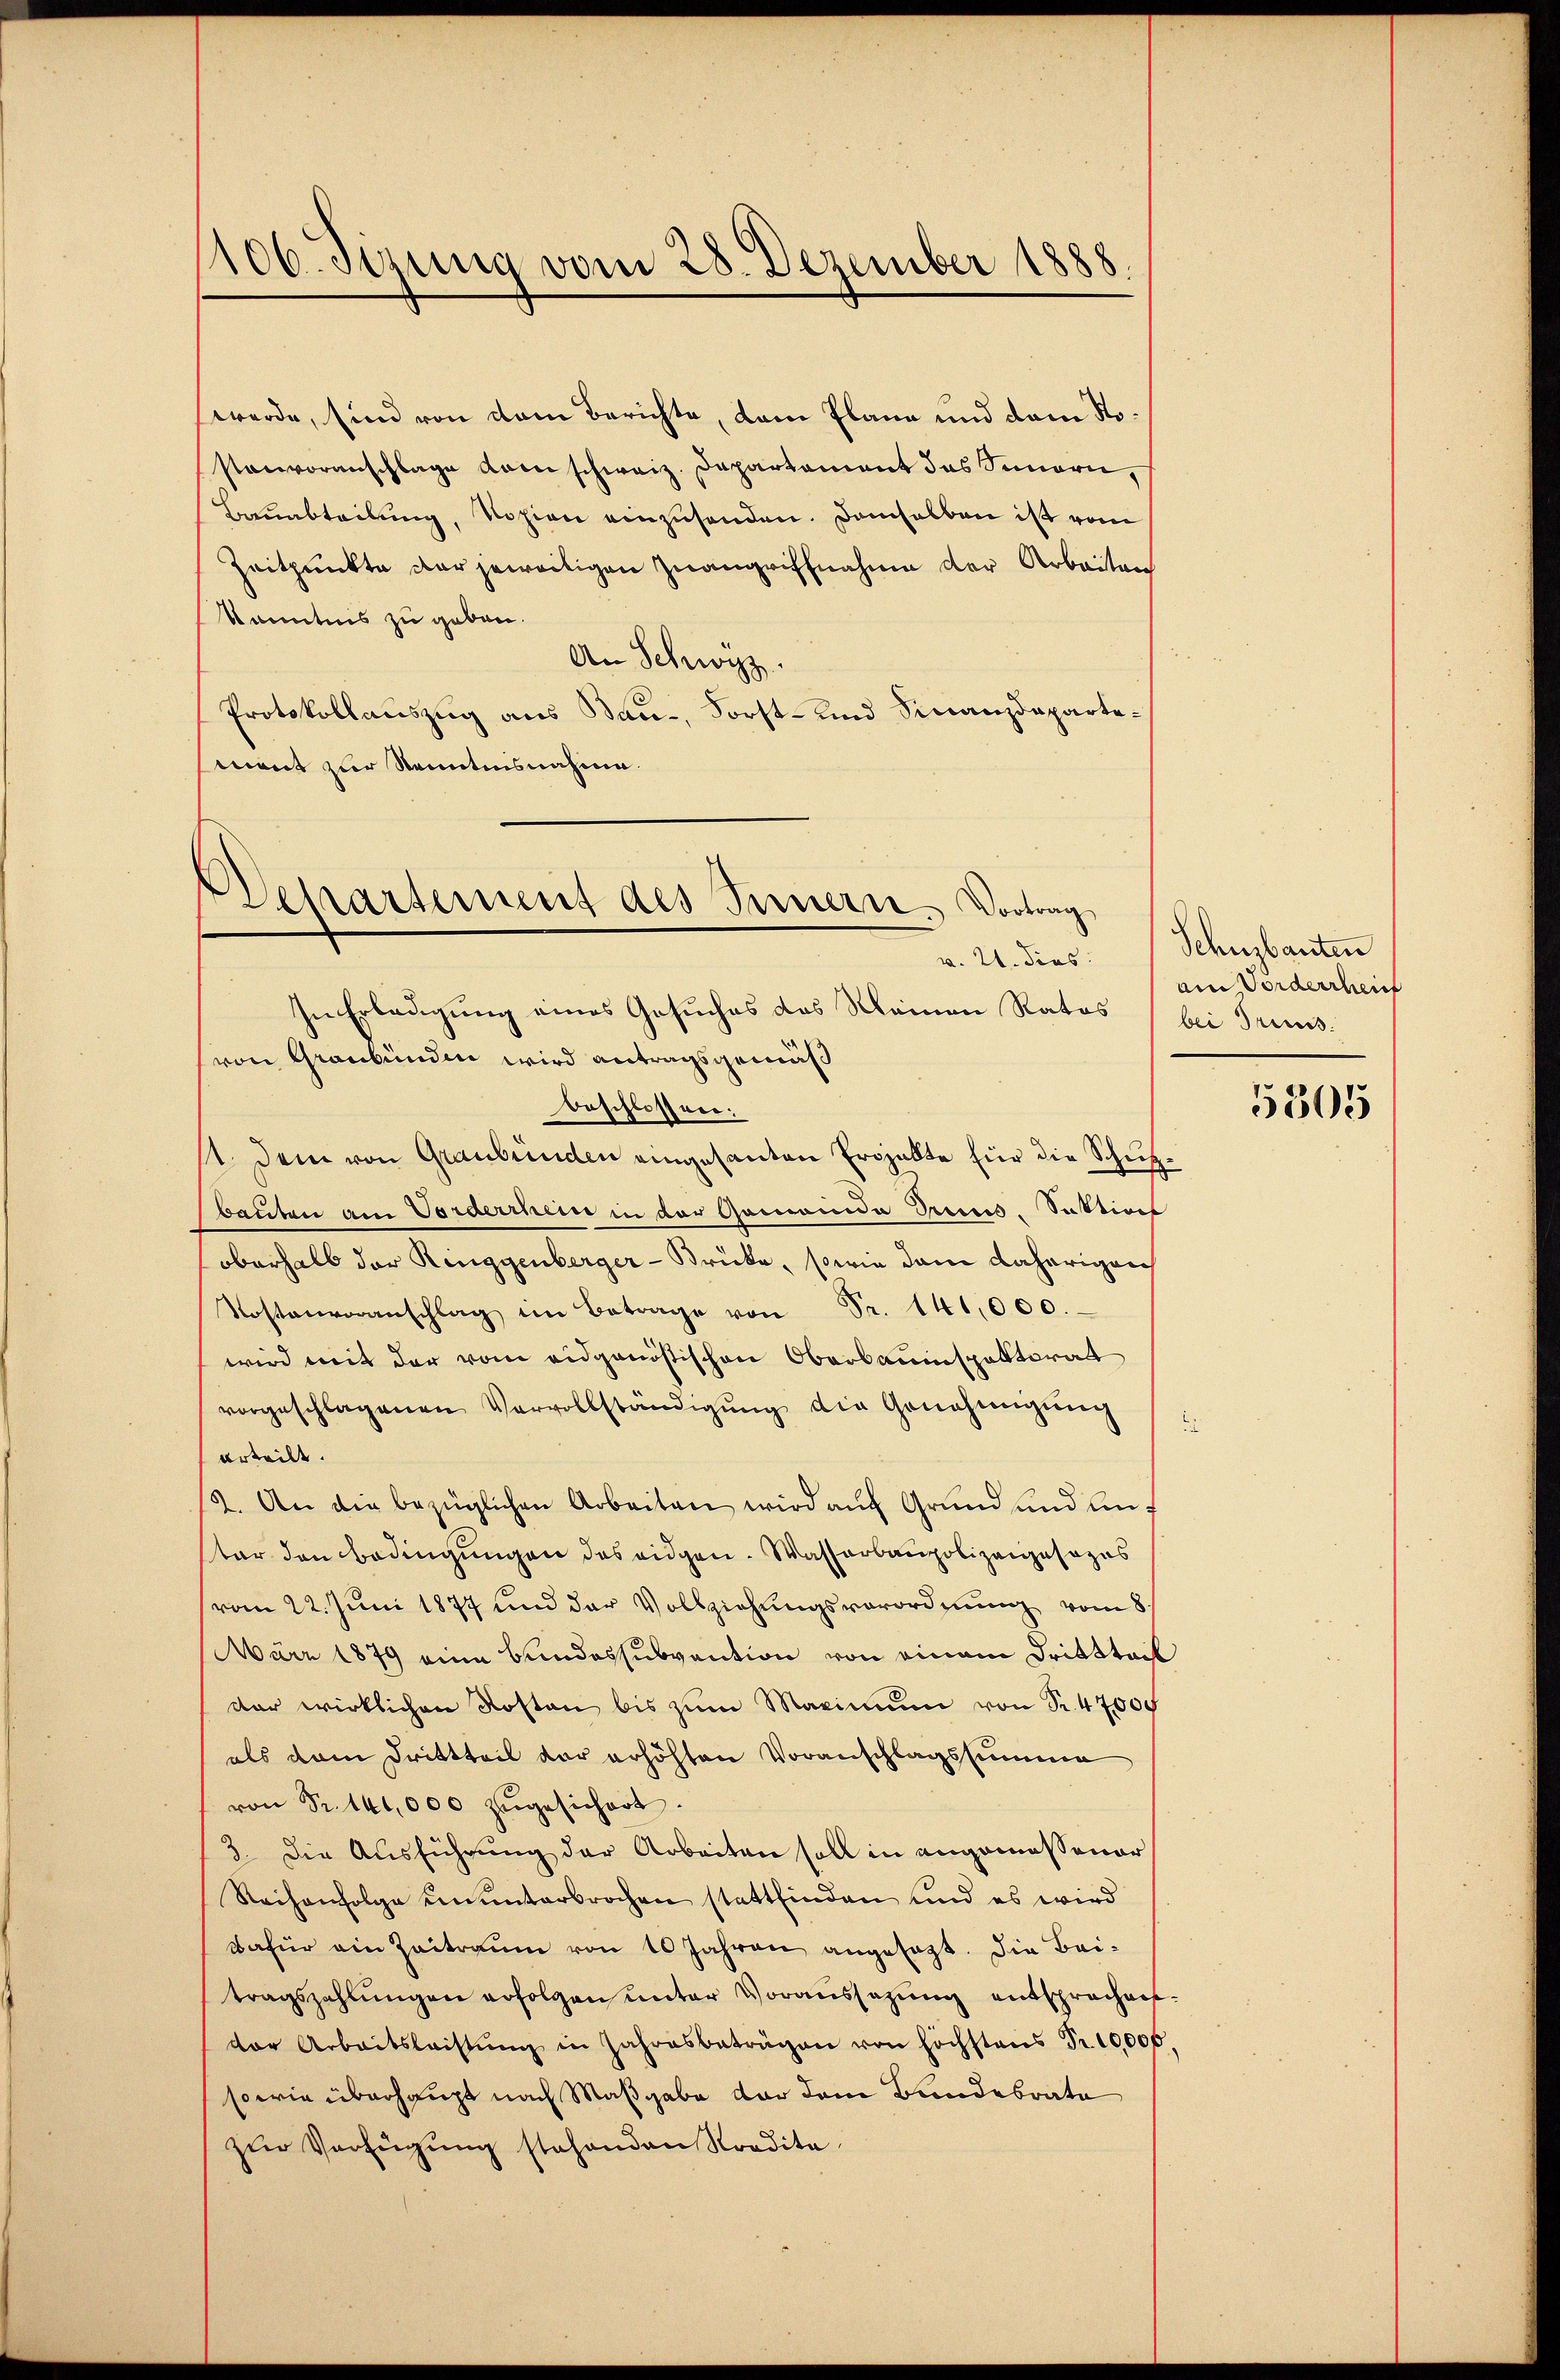
106. Sizung vom 28. Dezember 1888.

werde, sind von dem Berichte, dem Plane und dem Stosanvoranschlage vom schweiz. Departament das Sinnern,
Bauabteilung, Vosion einzusenden. Demselben ist vom
Zeitpunkte der jeweitigen Zwangriffnahme der Arbeiten
Kanntnis zu geben.
An Schwyz.
Protokollauszug aus Bau-, Forst- und Finanzdepartemant zur Senntnisnahme.

De
Cartement des Innern, Vortrag
v. 21. dies
In Erledigung eines Gesuches das Meinen Rates, bei Trans¬

von Graubünden wird antragsgemäß
beschlossen:
st. Dem von Graubünden eingesanten Erojekte für die Schupbauten am Vorderinein in der Gemeinde Preiss. Saktivit
oberhalb der Ringgenberger-Brücke, sowie dann daherigen
Kostenvoranschlag im Betrage von Fr. 141,000.
wird mit der vom eidganistischen Oberbauinspektorat
vorgeschlagenen Vervollständigŭng die Genehmigŭng
urteilt.
12. An die bezüglichen Arbeiten wird aŭf Grŭnd und An-
ter den Bedingungen des eidgen. Wasserbaupolizeigesezes
(vom 22. Juni 1877 und der Vollziehungsverordnung vom 8/
März 1879 eine Bundessubvention von einem Drittteil
dar wirklichen Kosten bis zum Maximum von Sr. 47000
als dem Drittteil der erhöhten Voranschlagssumme
von Sr. 141,000 zŭgesichert.
3. Die Ausführung der Arbeiten soll in angemessener
Reihenfolge ununterbrochen stattfinden und es wird
dafür ein Zeitraum von 10 Jahren angesagt. Die Bei-
tragszahlungen erfolgen unter Voraussetzung entsprochen
der Arbeitsleistŭng in Jahresbeträgen von höchstens Fr. 10,000.
sowie überhaupt nach Maßgabe vor dem Bandesrate
zur Verfügung stehenden Nordita¬

Schuzbauten
ain Fordertheif

5305